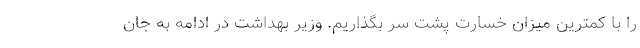
را با کمترین میزان خسارت پشت سر بگذاریم. وزیر بهداشت در ادامه به جانِ